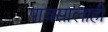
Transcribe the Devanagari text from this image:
पावसालाही